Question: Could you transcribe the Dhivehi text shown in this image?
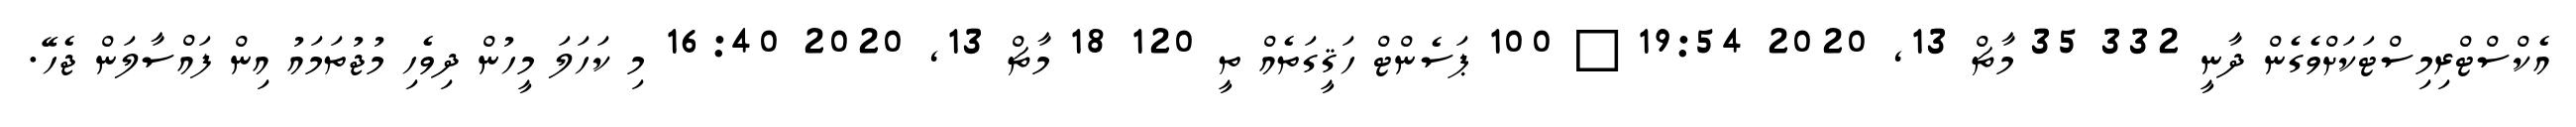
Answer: އެކްސްޓްރިމިސްޓަކަށްވެގެން ދާނީ 332 35 މާޗް 13, 2020 19:54 ? 100 ޕަސެންޓް ހަޤީގަތެއް ތީ 120 18 މާޗް 13, 2020 16:40 މި ކަހަލަ މީހުން ދިވެހި މުޖުތަމައު އިން ފައްސާލަން ޖެހޭ.